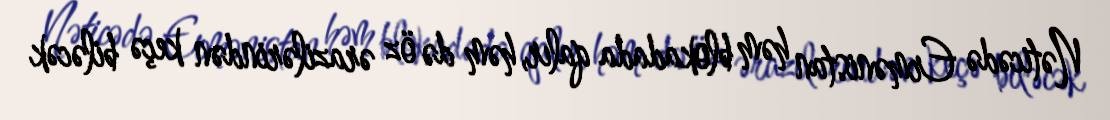
Nəticədə Ermənistan həm blokadada qalır, həm də öz ərazilərindən keçə biləcək